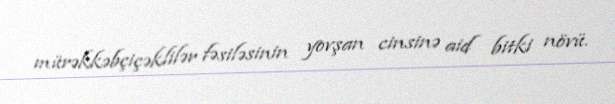
mürəkkəbçiçəklilər fəsiləsinin yovşan cinsinə aid bitki növü.